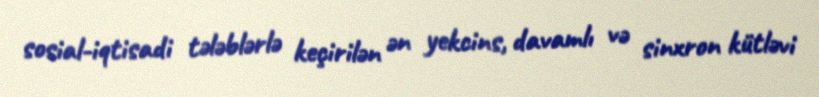
sosial-iqtisadi tələblərlə keçirilən ən yekcins, davamlı və sinxron kütləvi